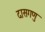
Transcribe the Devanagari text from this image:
दासगणु